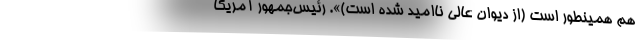
هم همینطور است (از دیوان عالی ناامید شده است)». رئیس‌جمهور آمریکا